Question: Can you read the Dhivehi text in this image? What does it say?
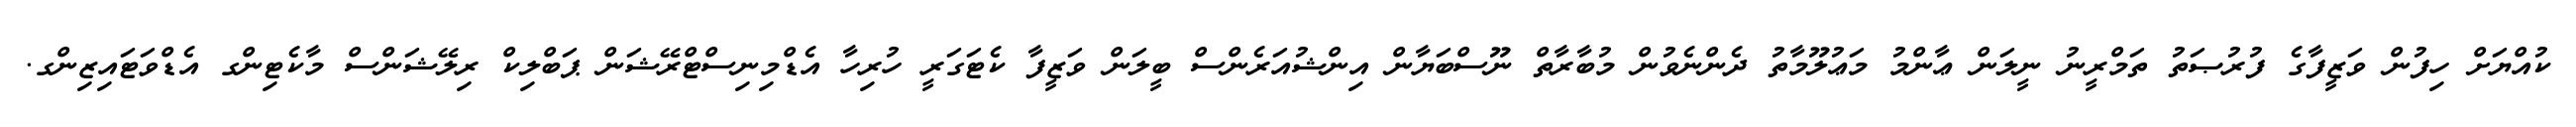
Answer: ކުއްޔަށް ހިފުން ވަޒީފާގެ ފުރުޞަތު ތަމްރީނު ނީލަން ޢާންމު މަޢުލޫމާތު ދެންނެވުން މުބާރާތް ނޫސްބަޔާން އިންޝުއަރެންސް ބީލަން ވަޒީފާ ކެޓަގަރީ ހުރިހާ އެޑްމިނިސްޓްރޭޝަން ޕަބްލިކް ރިލޭޝަންސް މާކެޓިންގ އެޑްވަޓައިޒިންގ.